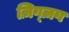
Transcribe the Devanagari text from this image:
ज़िग्ज़ग